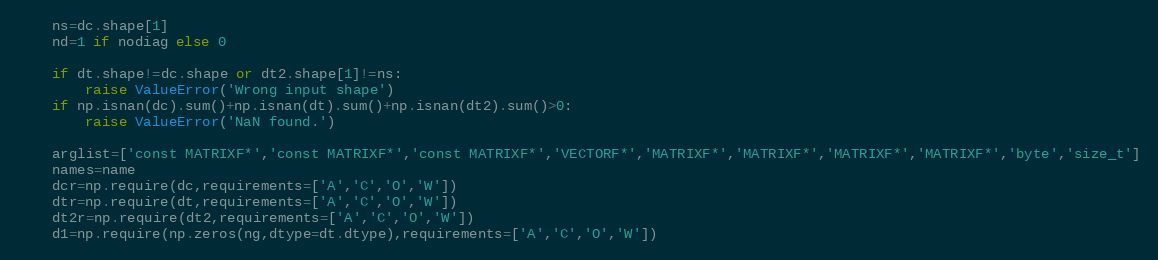
Language: Python
	ns=dc.shape[1]
	nd=1 if nodiag else 0

	if dt.shape!=dc.shape or dt2.shape[1]!=ns:
		raise ValueError('Wrong input shape')
	if np.isnan(dc).sum()+np.isnan(dt).sum()+np.isnan(dt2).sum()>0:
		raise ValueError('NaN found.')

	arglist=['const MATRIXF*','const MATRIXF*','const MATRIXF*','VECTORF*','MATRIXF*','MATRIXF*','MATRIXF*','MATRIXF*','byte','size_t']
	names=name
	dcr=np.require(dc,requirements=['A','C','O','W'])
	dtr=np.require(dt,requirements=['A','C','O','W'])
	dt2r=np.require(dt2,requirements=['A','C','O','W'])
	d1=np.require(np.zeros(ng,dtype=dt.dtype),requirements=['A','C','O','W'])